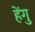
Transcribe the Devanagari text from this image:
हेंगु